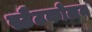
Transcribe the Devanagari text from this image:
स्टैटकोलम